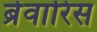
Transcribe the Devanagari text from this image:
ब्रेवारिस